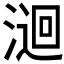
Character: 𭱫